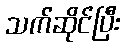
သက်ဆိုင်ပြီး